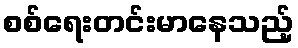
စစ်ရေးတင်းမာနေသည့်